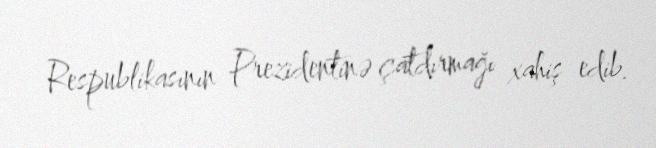
Respublikasının Prezidentinə çatdırmağı xahiş edib.